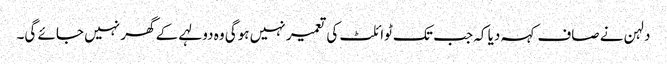
دلہن نے صاف کہہ دیا کہ جب تک ٹوائلٹ کی تعمیر نہیں ہوگی وہ دولہے کے گھر نہیں جائے گی۔